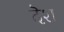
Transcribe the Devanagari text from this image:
दॆश